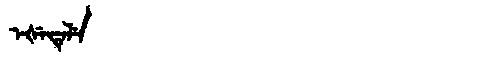
Manchu: ᡝᡧᡝᡨᡝᠯᡝ
Romanization: EŠETELE